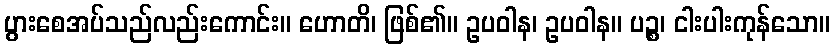
ပွားစေအပ်သည်လည်းကောင်း။ ဟောတိ၊ ဖြစ်၏။ ဥပဝါန၊ ဥပဝါန။ ပဉ္စ၊ ငါးပါးကုန်သော။